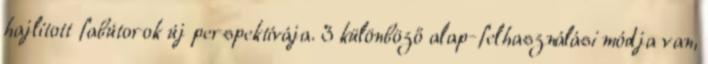
hajlított fabútorok új perspektívája. 3 különböző alap-felhasználási módja van,